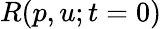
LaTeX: R(p,u;t=0)